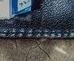
عوامل